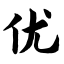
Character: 优